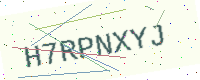
Text: H7RPNXYJ